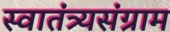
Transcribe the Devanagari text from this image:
स्वातंत्र्यसंग्राम